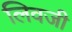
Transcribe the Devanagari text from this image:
लिवजी